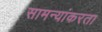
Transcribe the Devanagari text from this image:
सामन्यांकरता